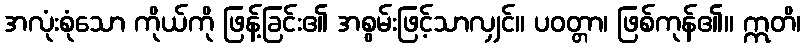
အလုံးစုံသော ကိုယ်ကို ဖြန့်ခြင်း၏ အစွမ်းဖြင့်သာလျှင်။ ပဝတ္တာ၊ ဖြစ်ကုန်၏။ ဣတိ၊